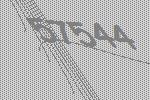
57544